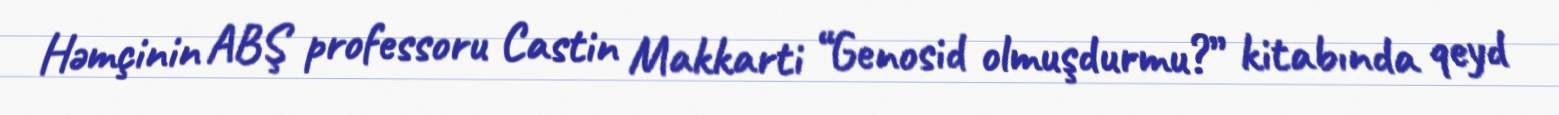
Həmçinin ABŞ professoru Castin Makkarti “Genosid olmuşdurmu?” kitabında qeyd